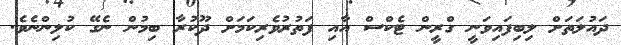
ދައުލަތަށް ލިބިފައިވަނީ ގްރީން ޓެކްސް އާއި ފަތުރުވެރިކަމަށް ދޫކުރާ ބިމުން ނެގޭ ކުލިންނެވެ.